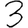
Digit: 3